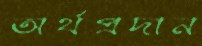
অর্থপ্রদান